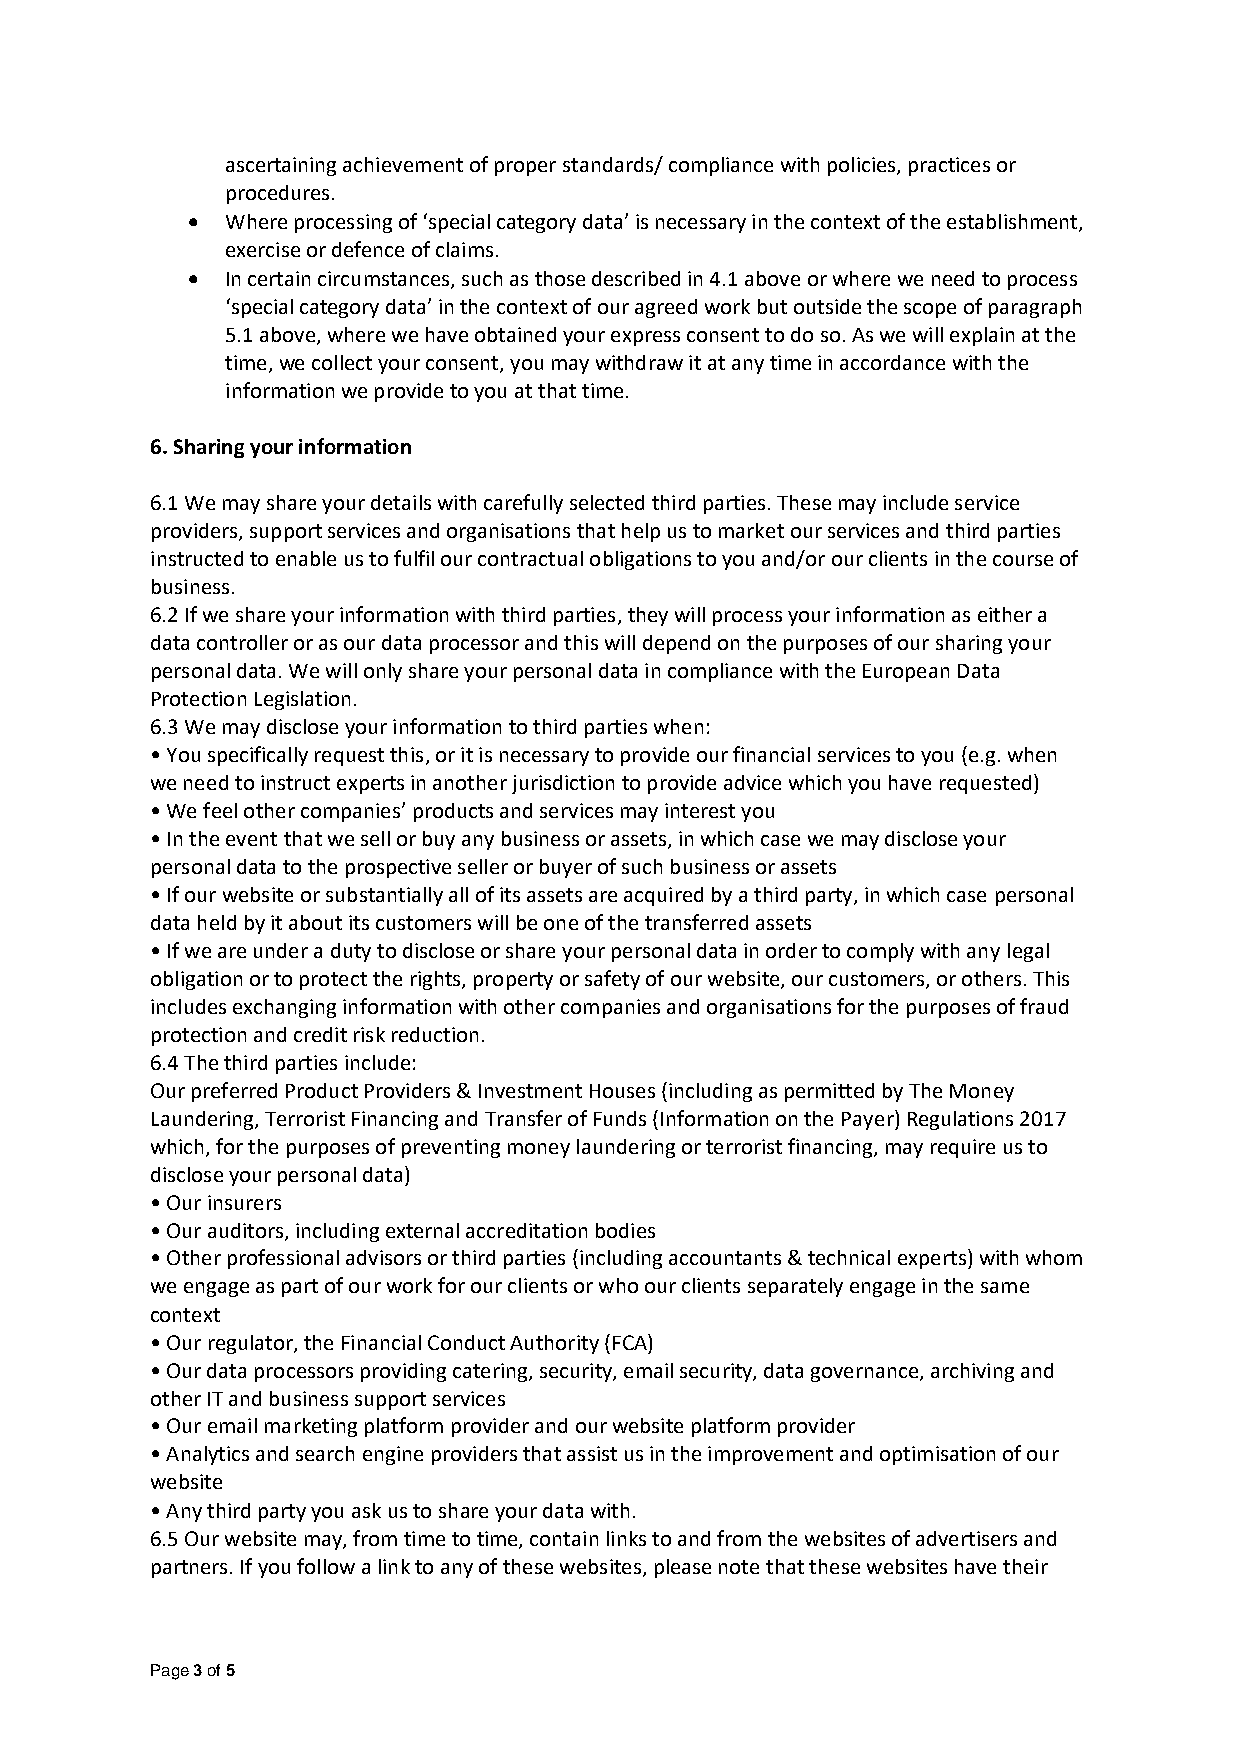
ascertaining achievement of proper standards/ compliance with policies, practices or
 procedures.
 •  Where processing of ‘special category data’ is necessary in the context of the establishment,
 exercise or defence of claims.
 •  In certain circumstances, such as those described in 4.1 above or where we need to process
 ‘special category data’ in the context of our agreed work but outside the scope of paragraph
 5.1 above, where we have obtained your express consent to do so. As we will explain at the
 time, we collect your consent, you may withdraw it at any time in accordance with the
 information we provide to you at that time.
 6. Sharing your information
 6.1 We may share your details with carefully selected third parties. These may include service
 providers, support services and organisations that help us to market our services and third parties
 instructed to enable us to fulfil our contractual obligations to you and/or our clients in the course of
 business.
 6.2 If we share your information with third parties, they will process your information as either a
 data controller or as our data processor and this will depend on the purposes of our sharing your
 personal data. We will only share your personal data in compliance with the European Data
 Protection Legislation.
 6.3 We may disclose your information to third parties when:
 • You specifically request this, or it is necessary to provide our financial services to you (e.g. when
 we need to instruct experts in another jurisdiction to provide advice which you have requested)
 • We feel other companies’ products and services may interest you
 • In the event that we sell or buy any business or assets, in which case we may disclose your
 personal data to the prospective seller or buyer of such business or assets
 • If our website or substantially all of its assets are acquired by a third party, in which case personal
 data held by it about its customers will be one of the transferred assets
 • If we are under a duty to disclose or share your personal data in order to comply with any legal
 obligation or to protect the rights, property or safety of our website, our customers, or others. This
 includes exchanging information with other companies and organisations for the purposes of fraud
 protection and credit risk reduction.
 6.4 The third parties include:
 Our preferred Product Providers & Investment Houses (including as permitted by The Money
 Laundering, Terrorist Financing and Transfer of Funds (Information on the Payer) Regulations 2017
 which, for the purposes of preventing money laundering or terrorist financing, may require us to
 disclose your personal data)
 • Our insurers
 • Our auditors, including external accreditation bodies
 • Other professional advisors or third parties (including accountants & technical experts) with whom
 we engage as part of our work for our clients or who our clients separately engage in the same
 context
 • Our regulator, the Financial Conduct Authority (FCA)
 • Our data processors providing catering, security, email security, data governance, archiving and
 other IT and business support services
 • Our email marketing platform provider and our website platform provider
 • Analytics and search engine providers that assist us in the improvement and optimisation of our
 website
 • Any third party you ask us to share your data with.
 6.5 Our website may, from time to time, contain links to and from the websites of advertisers and
 partners. If you follow a link to any of these websites, please note that these websites have their
 Page 3 of 5